Vana-Antsla_vallavalitsus, lk 105
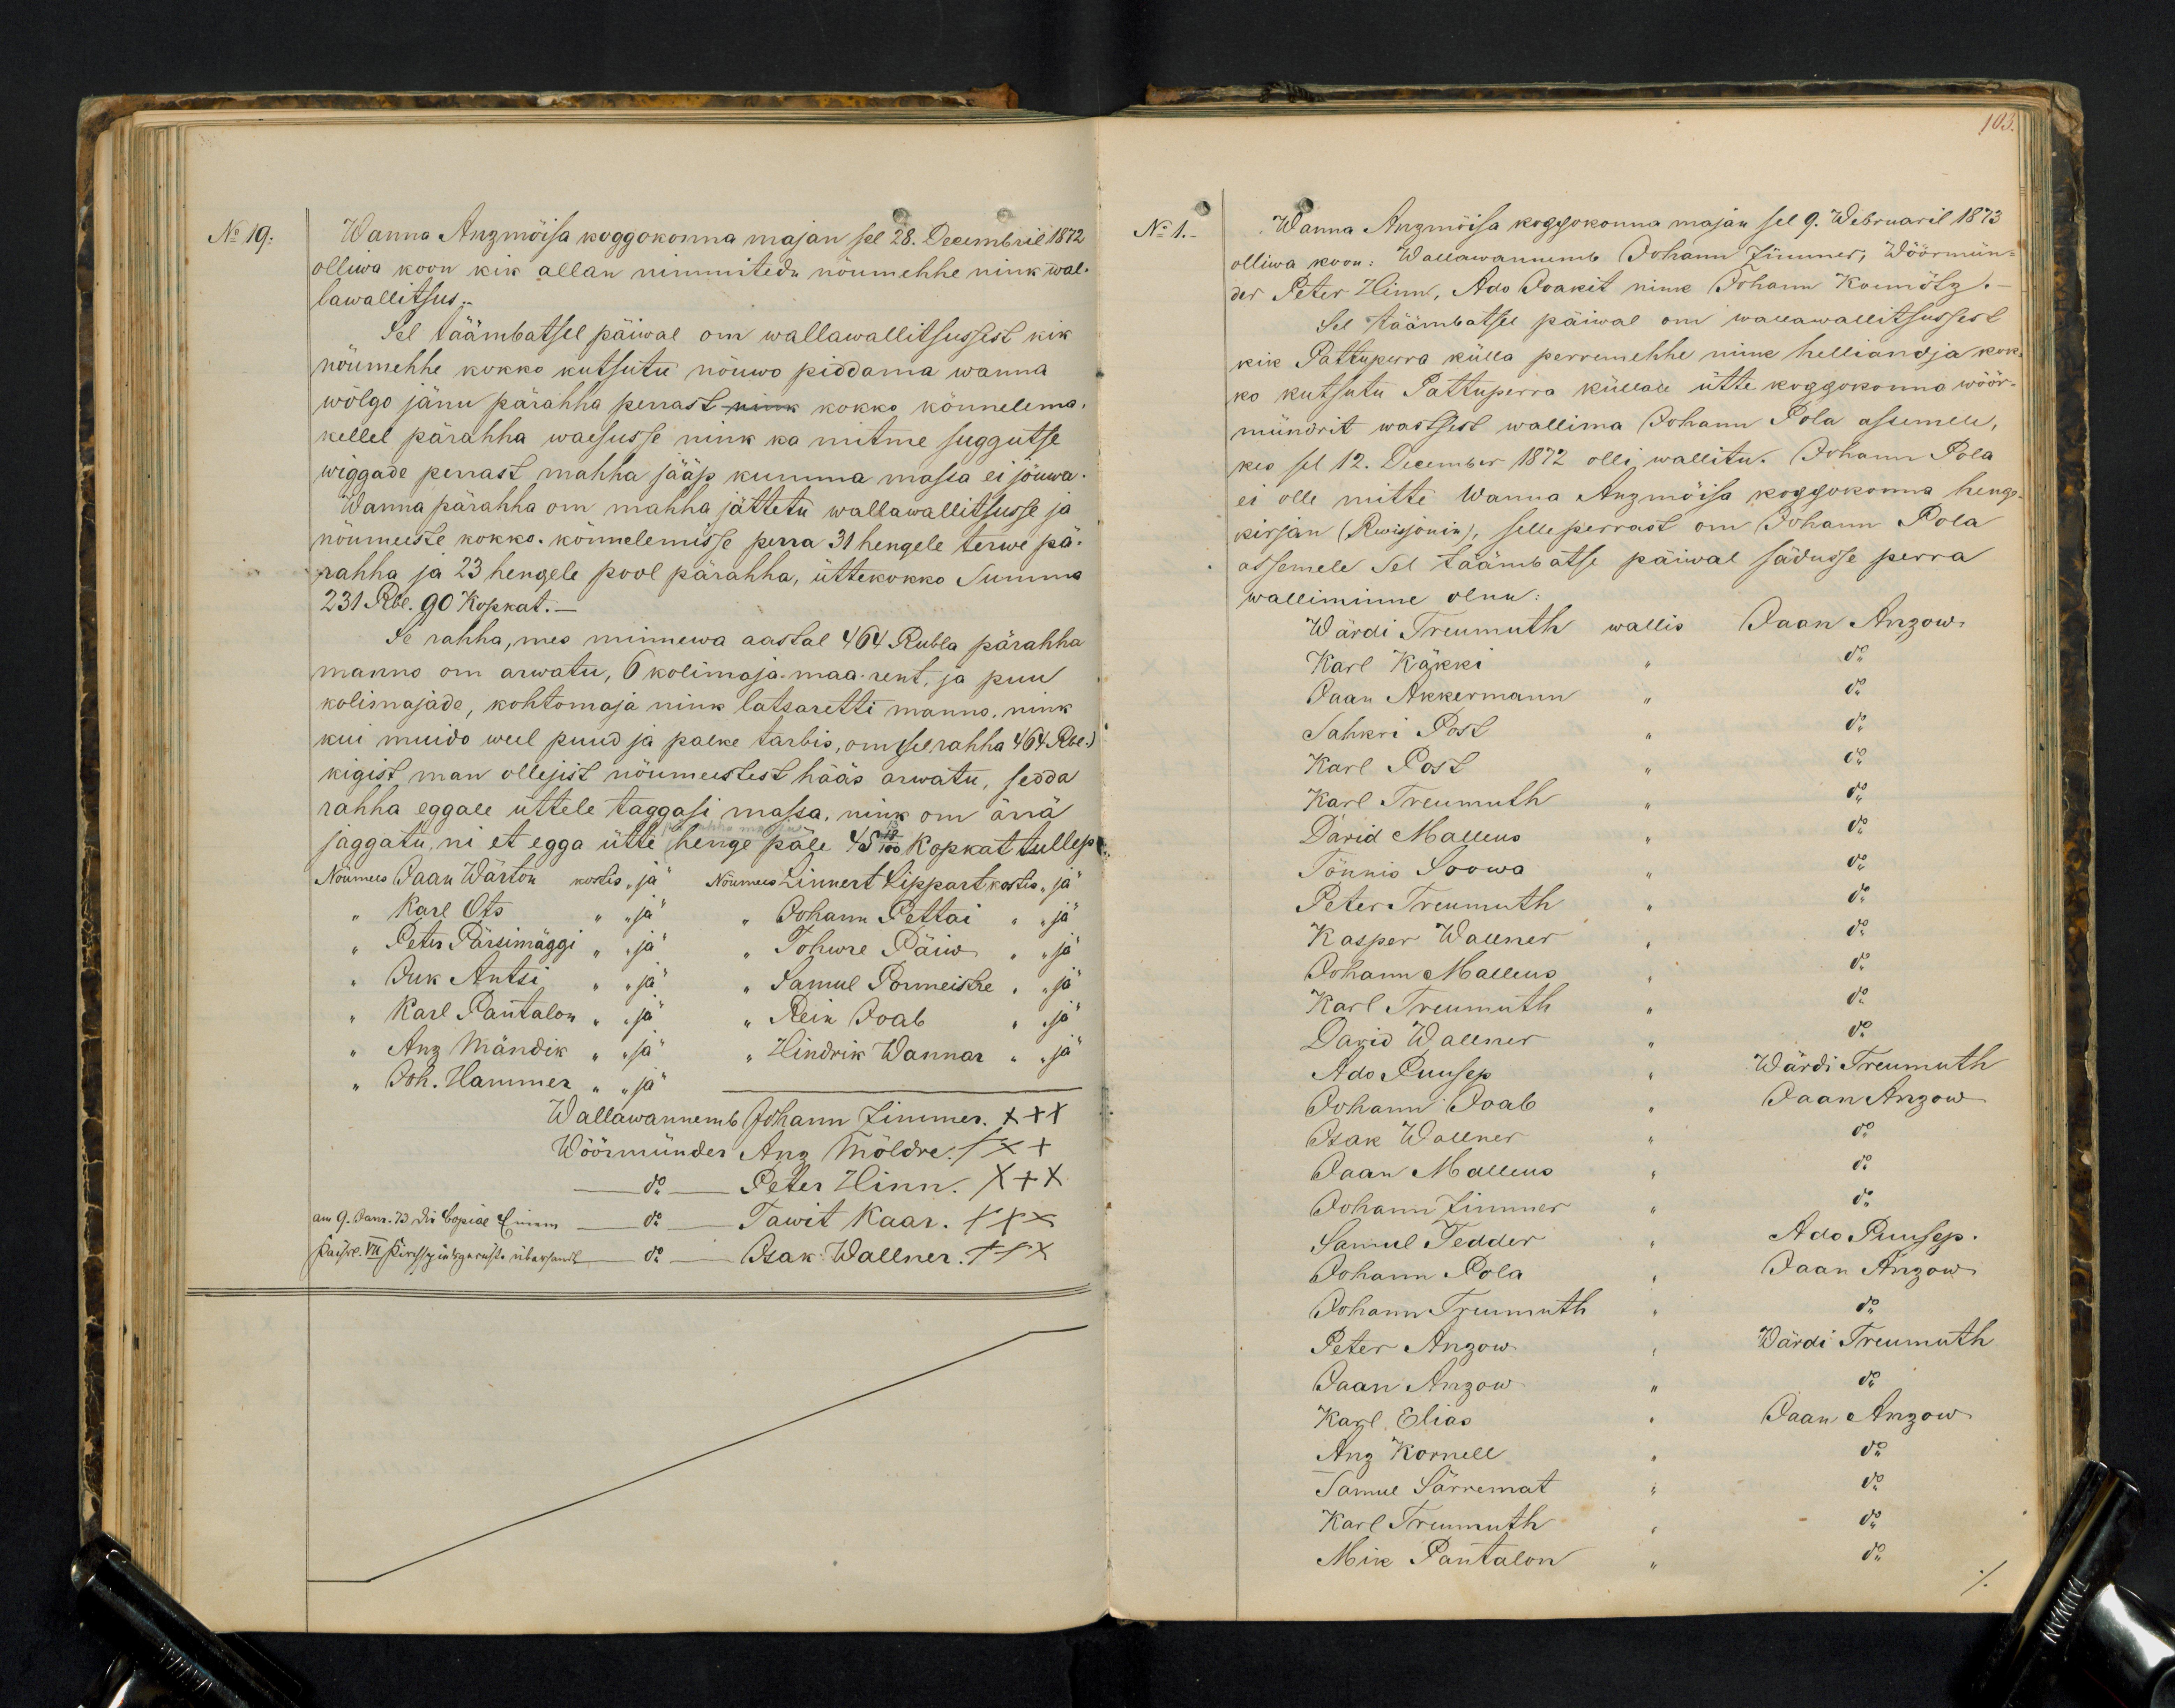
No 19.
Wanna Anzmõisa koggokonna majan sel 28. Decembril 1872
olliwa koon kik allan nimmitedu nöumehhe nink wal-
lawallitsus.
Sel täämbatsel päiwal om wallawallitsussist kik
nöumehhe kokko kutsutu nöuwo piddama wanna
wölgo jänu pärahha perrast nink kokko könnelema.
kellel pärahha waesusse nink ka mitme suggutse
wiggade perrast mahha jääp kumma massa ei jöuwa.
Wanna pärahha om mahha jättetu wallawallitsusse ja
nöumuste kokko könnelemisse perra 31 hengele terwe pä-
rahha ja 23 hengele pool pärahha, üttekokko Summa
231 Rbl. 90 Kopkat.
Se rahha, mes minnewa aastal 464 Rubla pärahha
manno om arwatu, 6 kolimaja-maa-rent, ja puu
kolimajade, kohtomaja nink latsaretti manno, nink
kui muido weel puud ja palke tarbis, om (see rahha 464 Rbl.)
kigist man ollejist nöumeestest hääs arwatu, sedda
rahha eggale üttele taggasi massa, nink om ärrä
jaggatu, nii et egga ütte henge päle 45 13/100 kopkat tullep
Nöumees Jaan Wärton kostis "ja" Nöumees Linnert Lippart kostis "ja"
"Karl Ots " "ja" " Johann Pettai " "ja"
"Peter Pärsimäggi " "ja" " Tohwre Päiw " "ja"
"Iuk Antsi " "ja" " Samuel Pormeistre, " "ja"
" Karl Pantalon " "ja" " Rein Ioab " "ja"
„Anz Mändik " "ja" "Hindrik Wannar " "ja"
"Joh. Hammer " "ja" -
Wallawannemb Johann Zimmer XXX
Wöörmünder Anz Möldre XXX
do Peter Hinn. XXX
do Tawit Kaar. XXX
do - Isak: Wallner. XXX

No 1.
Wanna Anzmöisa koggokonna majan sel 9. Webruaril 1873.
olliwa koon: Wallawanemb Johann Zimmer, Wöörmün-
der Peter Hinn, Ado Joakit nime Johann Koemötz.-
Sel täämbatsel päiwal om wallawalitsussest
kik Pattuperra külla perremehhe nink helliandja kok-
ko kutsutu Pattuperra külade ütte koggokonna wöör-
mündrit wastsest wallima Johann Pola assemele.
kes sel 12. December 1872 olli wallitu. Johann Pola
ei olle mitte Wanna Anzmöisa koggokonna henge
kirjan (Revisjonin), selleperrast om Johann Pola
assemele Sel täämbatse päiwal sädusse perra
walliminne olnu:
Wärdi Treumuth wallis Jaan Anzowi
Karl Käkki " do
Jaan Akkermann " do
Sahkri Post " do
Karl Post " do
Karl Treumuth " do
David Malleus " do
Tönnis Soowa " do
Peter Treumuth " do
Kasper Wallner " do
Johann Malleus " do
Karl Treumuth " do
David Wallner " do
Ado Puusep "
Wärdi Treumuth
Johann Ioab "
Jaan Anzow
Isak Wallner " do
Jaan Malleus " do
Johann Zimmer " do
Ado Puusep.
Samul Tedder "
Johann Pola " Jaan Anzowi
Samul Tedder
Ado Puusep.
Johann Treumuth " do
Peter Anzow "
Wärdi Treumuth
Jaan Anzow "
Karl Elias " Jaan Anzow
Anz Kornell " do
Karl Treumuth " do
Samul Särremat " do
Mik Pantalon " do